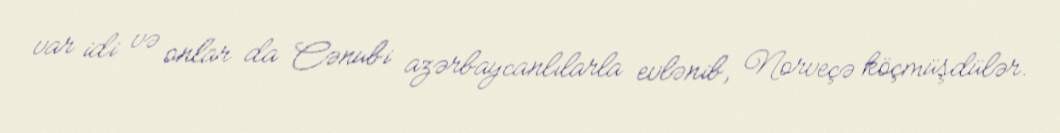
var idi və onlar da Cənubi azərbaycanlılarla evlənib, Norveçə köçmüşdülər.